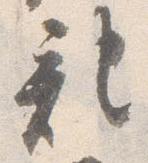
記